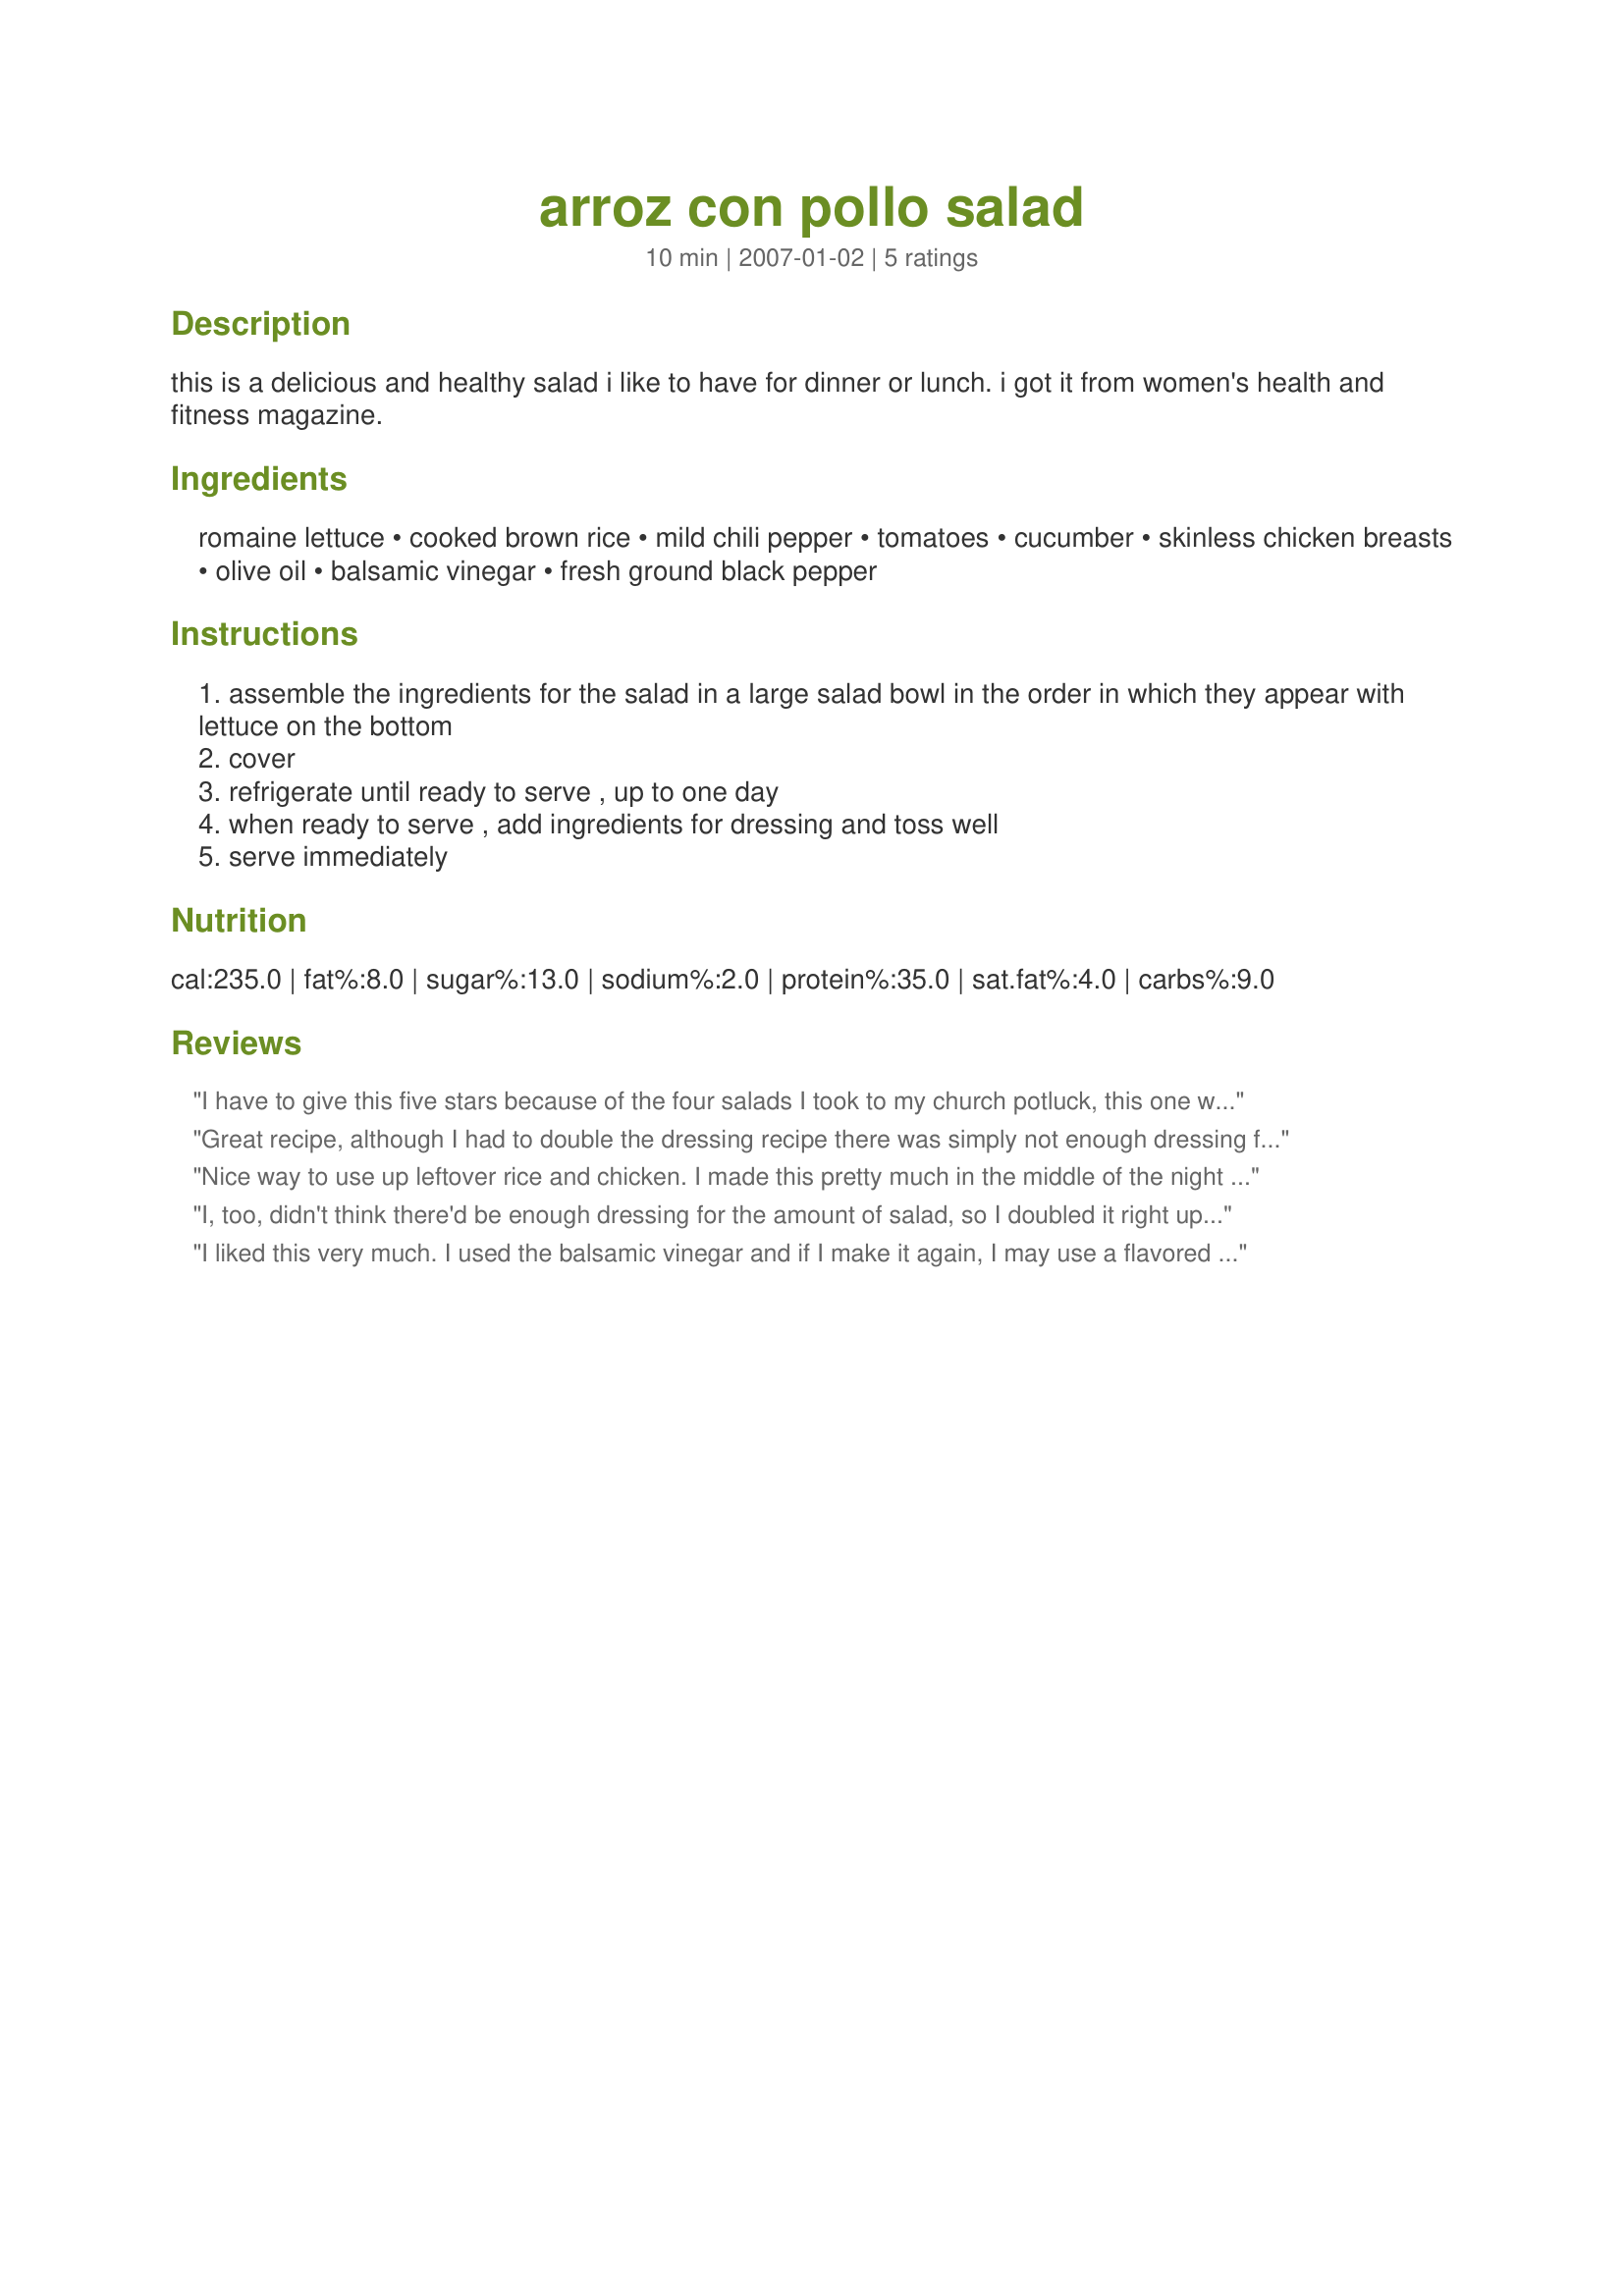
arroz con pollo salad
Preparation time: 10 minutes

this is a delicious and healthy salad i like to have for dinner or lunch. i got it from women's health and fitness magazine.

Ingredients:
romaine lettuce, cooked brown rice, mild chili pepper, tomatoes, cucumber, skinless chicken breasts, olive oil, balsamic vinegar, fresh ground black pepper

Steps:
assemble the ingredients for the salad in a large salad bowl in the order in which they appear with lettuce on the bottom
cover
refrigerate until ready to serve , up to one day
when ready to serve , add ingredients for dressing and toss well
serve immediately

Reviews:
I have to give this five stars because of the four salads I took to my church potluck, this one went first and most completely - and I even put too much dressing on it (I tripled the amount - should probably have only made 1 1/2 times the amount). The textures and colors were nice and it was all quite easy to put together. I think next time I might add some seasonings - oregano or cilantro or some other herbs. Thanks!
Great recipe, although I had to double the dressing recipe there was simply not enough dressing for the amount of salad, well for our tastes anyway lol! I also sprinkled some fresh grated Parmesan cheese on top, thanks for sharing Lainey!...Kitten:)
Nice way to use up leftover rice and chicken. I made this pretty much in the middle of the night as I had missed dinner, and I think next time I would add some chopped fresh herbs and perhaps use a red bell pepper instead of the chili pepper.
I, too, didn't think there'd be enough dressing for the amount of salad, so I doubled it right up front, & this simple dressing worked out just fine! I particularly enjoyed the use of brown rice here! Simple, easy, tasty ~ A very nice combo! [Tagged, made & reviewed in Please Review My Recipe]
I liked this very much. I used the balsamic vinegar and if I make it again, I may use a flavored vinegar--suggested as an option--because I was missing flavor a bit. Also, I wish I'd read pattikay's review first because I ended up whipping up a bit more dressing to stretch to the full salad. But very enjoyable nonetheless.
